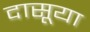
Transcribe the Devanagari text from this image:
दासूया